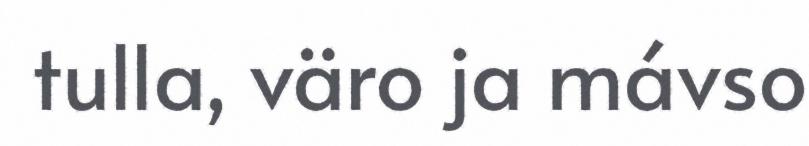
tulla, väro ja mávso